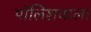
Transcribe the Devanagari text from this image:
पॉलिशवाला